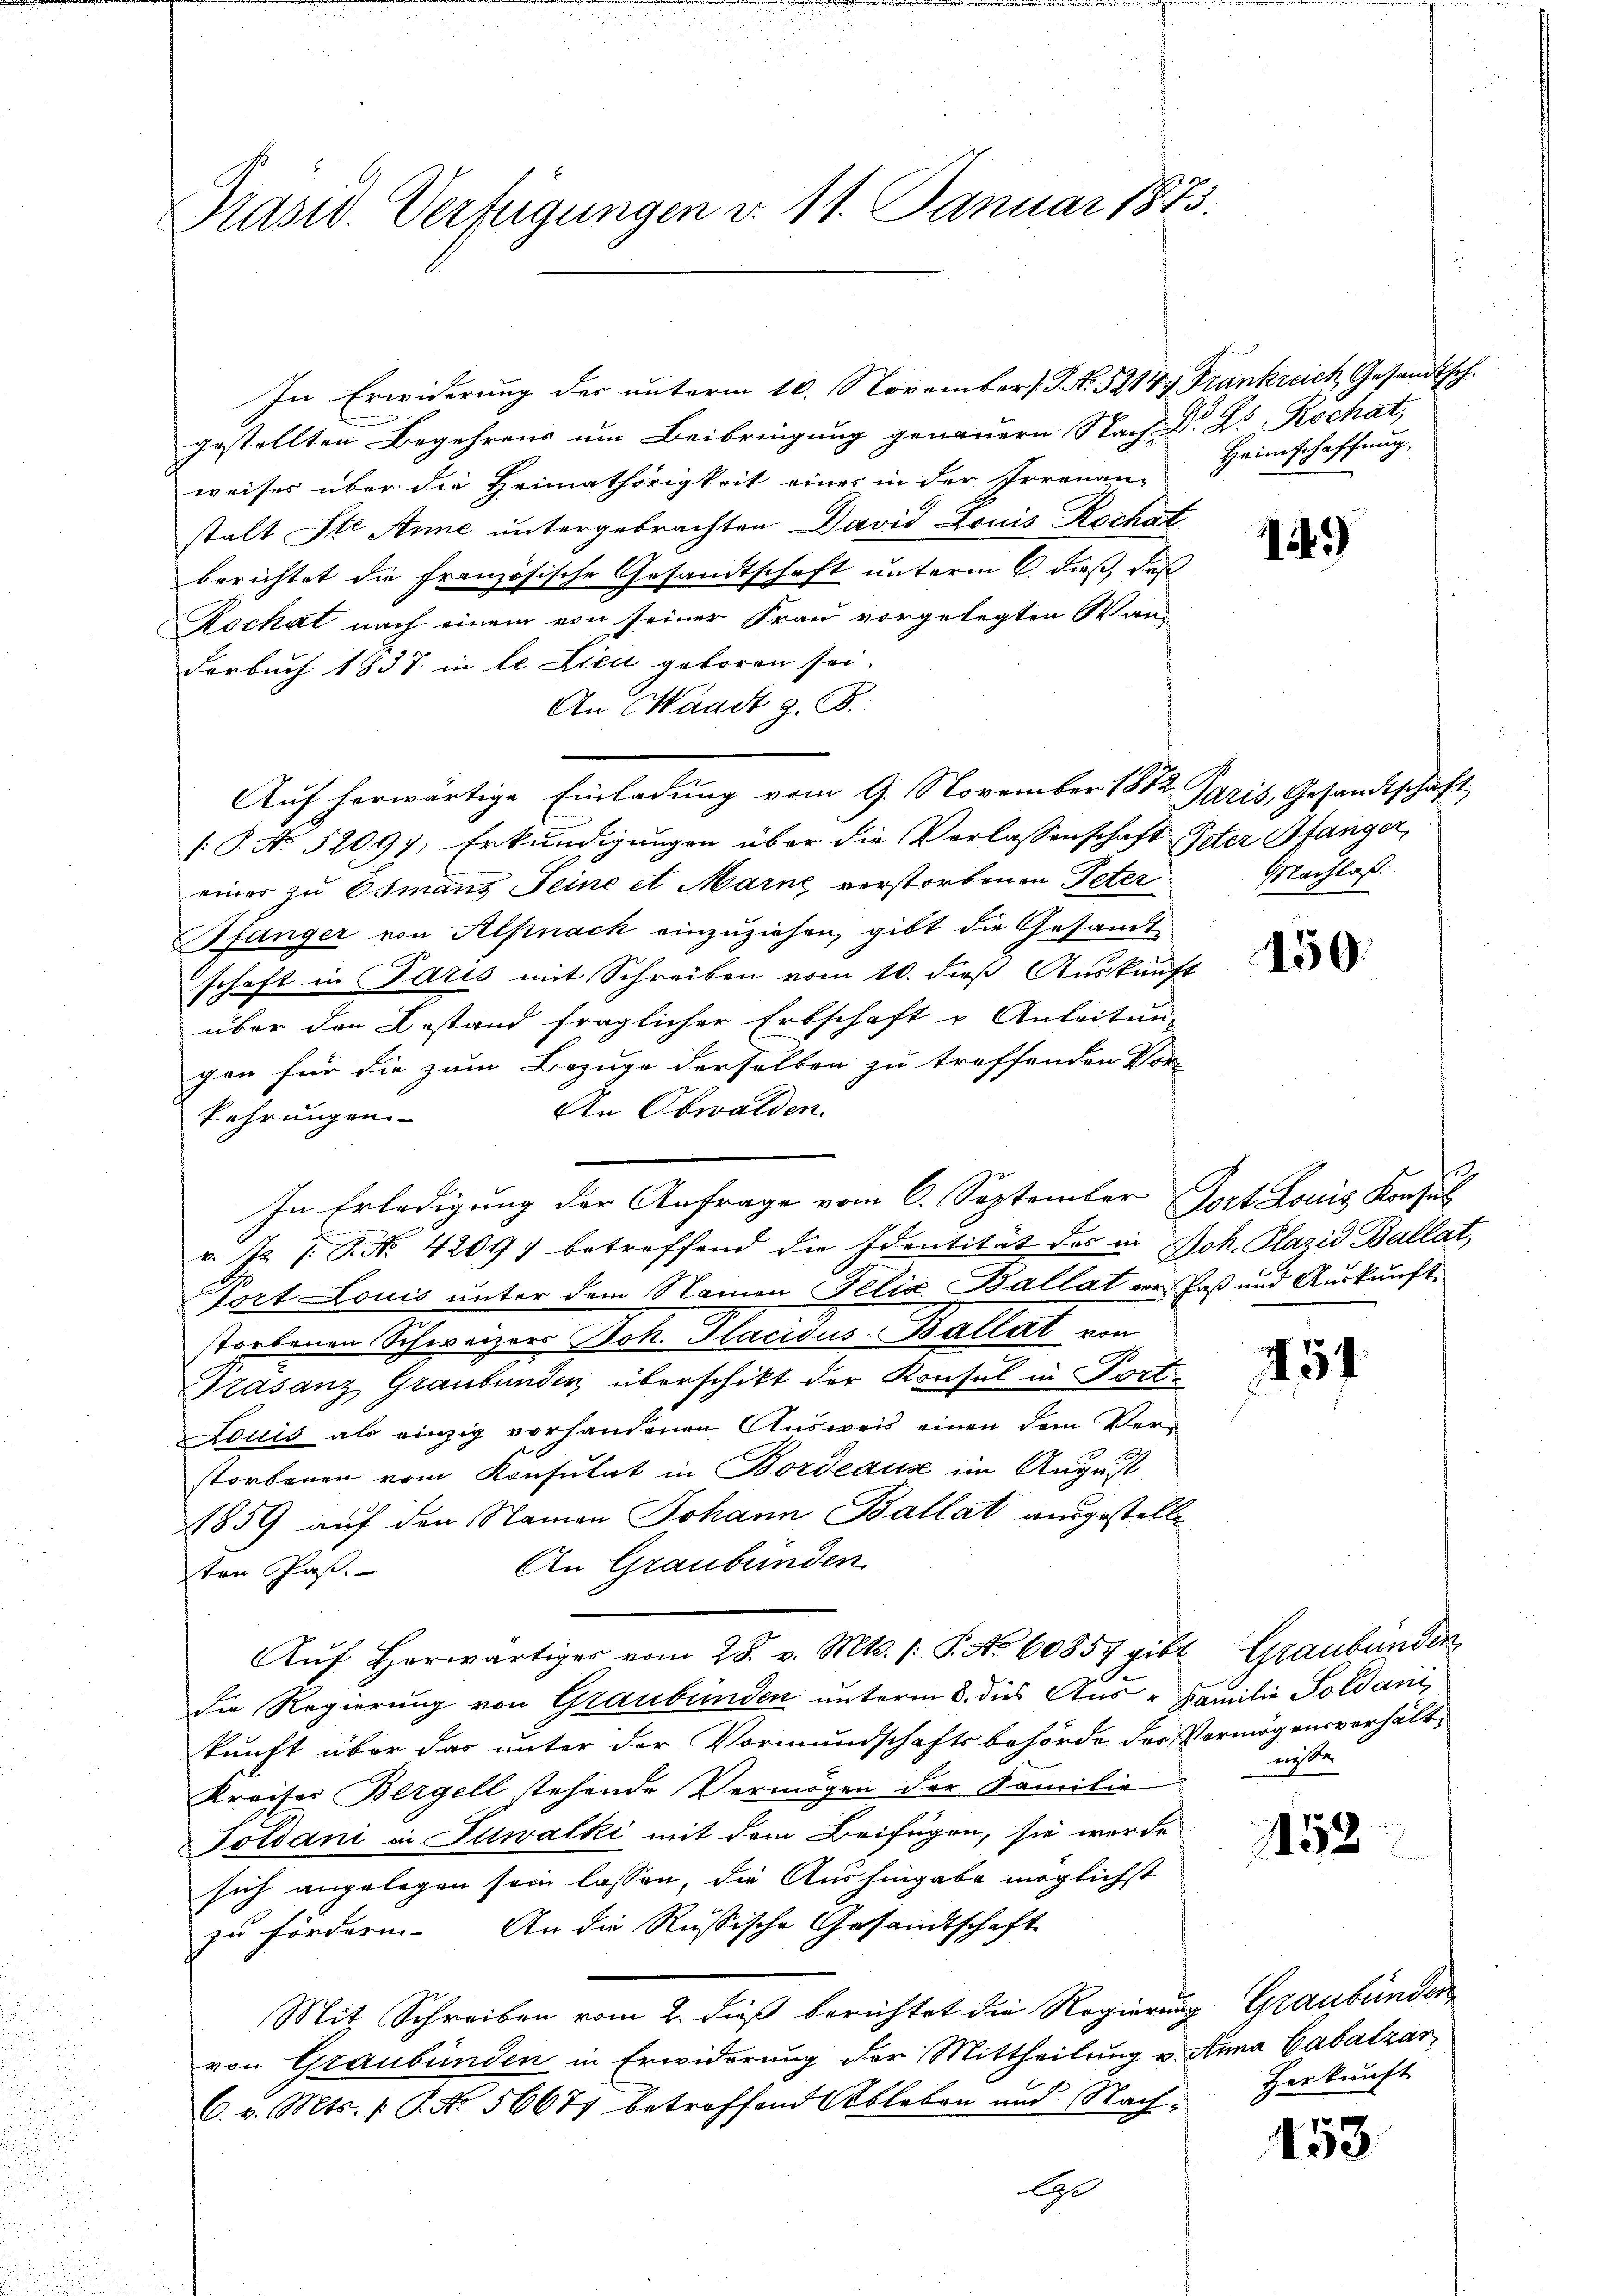
Präsid. Verfügungen v. 11. Januar 1873.

In Erwiderung der unterm 16. November [NNo. 52144 Frankreich, Gesandtsch.
gestellten Begehrens um Beibringung genauern Nach Dr. Dr Rochat,
weises über die Heimathörigkeit eines in der Irrenan-
stalt Ste Anne untergebrachten David Louis Rochat
berichtet die französische Gesandtschaft unterm 6. dieß, daß
Rochat nach einem von seiner Frau vorgelegten Wan-
Verbuch 1837 in le Lieu geboren sei.
An Waadt z. B.
Auf herwärtige Einladung vom 9. November 1872 Paris, Gesandtschaft
(P. No. 52097, Erkundigungen über die Verlassenschaft Oster Pfanger,
einer zu Osmanns Seine et Marne verstorbenen Peter
Sfänger von Alpnack einzuziehen, gibt die Gesamt-
schaft in Paris mit Schreiben vom 10. dieß Auskunft
über den Bestand fraglicher Erbschaft u Anleitung
gen für die zum Bezuge derselben zu treffenden Vor-
An Obwalden.
fahrungen
v. J. J. P. Nr. 42097 betreffend die Identität des in Joh. Plazid Ballat,
fort Louis unter dem Namen Felix Ballat vor Paß und Auskunft
.
storbenen Schweizers Joh. Placidus-Ballat von
Trasanz, Graubünden überschikt der Konsul in Fort¬
Louis als einzig vorhandenen Aŭsweis einen dem Ver-
storbenen vom Konsulat in Bordeaus im August
1859 auf den Namen Johann Ballat ausgestell¬
An Graubünden
ten Pas
Aŭf Horwärtiger vom 28. v. Mts. 1. P. No 60857 gibt Graubünden,
die Regierung von Graubünden unterm 8. dies Aus - Familie Soldani,
kunft über das unter der Vormundschaftsbehörde der Vermögensverhält¬
Kreises Bergell stehende Vermögen der Familie
Foldani in Iltwalki mit dem Beifügen, sie werde
sich angelegen sein lassen, die Aushingabe möglichst
zu fördern. An die Russische Gesandtschaft
Mit Schreiben vom 2. dieß berichtet die Regierung Graubünden
von Graubünden in Erwiderung der Mittheilung v. Anna Cabatzar¬
C. v. Mts. 1. P. Nr. 56677 betreffend Ableben und Nach¬
Ge

In Erledigung der Anfrage vom 6. September Jort. Louis Konsul

Heimschaffung.

149)

Machlaß.

150.

454

niste

153

Herkunft

453